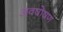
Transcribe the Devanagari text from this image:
अवषोषण